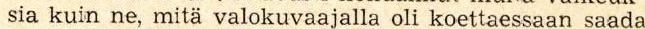
sia kuin ne, mitä valokuvaajalla oli koettaessaan saada